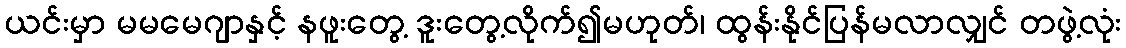
ယင်းမှာ မမမေဂျာနှင့် နဖူးတွေ့ ဒူးတွေ့လိုက်၍မဟုတ်၊ ထွန်းနိုင်ပြန်မလာလျှင် တဖွဲ့လုံး